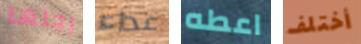
رجلها عداء اعطه أختلف